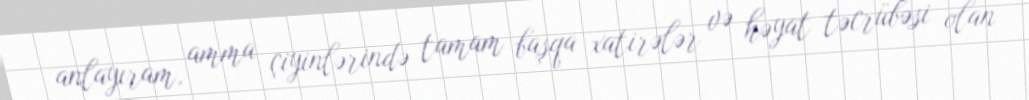
anlayıram, amma çiyinlərində tamam başqa xatirələr və həyat təcrübəsi olan